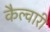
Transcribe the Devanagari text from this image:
कैल्वारी